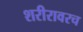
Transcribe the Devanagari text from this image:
शरीरावरच